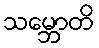
သမ္ဘောတိ